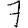
Digit: 7